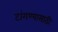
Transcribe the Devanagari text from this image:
टांगण्यासाठी